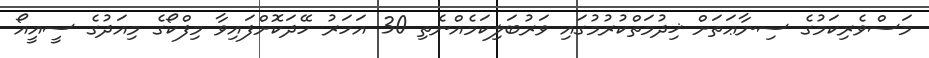
މަސްވެރިކަމުގެ ސިނާޢަތަށް ޚިދުމަތްކުރުމުގައި ވަރުބަލިކަމެއްނެތި 30 އަހަރު ހޭދަކޮށްފައިވާ މިފްކޯގެ މިއަދުގެ ސީއީއޯ